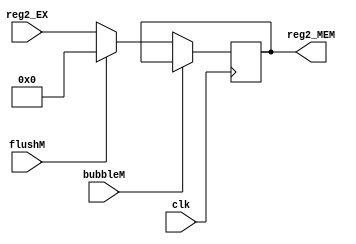
`timescale 1ns / 1ps
//  
    // EX\MEM
// 
    // clk               
    // reg2_EX           2()
    // bubbleM           MEMbubble
    // flushM            MEMflush
// 
    // reg2_MEM           2
//   
    // 


module Reg2_MEM(
    input wire clk, bubbleM, flushM,
    input wire [31:0] reg2_EX,
    output reg [31:0] reg2_MEM
    );

    initial reg2_MEM = 0;
    
    always@(posedge clk)
        if (!bubbleM) 
        begin
            if (flushM)
                reg2_MEM <= 0;
            else 
                reg2_MEM <= reg2_EX;
        end
    
endmodule